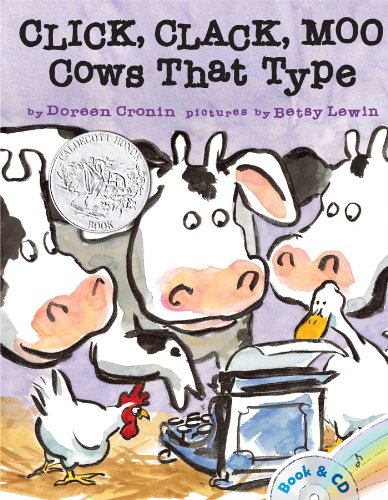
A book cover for Click, Clack, Moo: Cows That Type; Doreen Cronin; Children's Books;